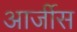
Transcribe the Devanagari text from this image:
आर्जीस